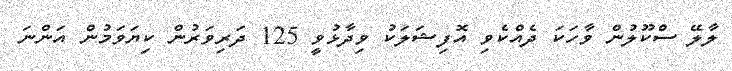
ލާލޭ ސްކޫލުން ވާހަކަ ދެއްކެވި އޮފިޝަލަކު ވިދާޅުވީ 125 ދަރިވަރުން ކިޔަވަމުން އަންނަ